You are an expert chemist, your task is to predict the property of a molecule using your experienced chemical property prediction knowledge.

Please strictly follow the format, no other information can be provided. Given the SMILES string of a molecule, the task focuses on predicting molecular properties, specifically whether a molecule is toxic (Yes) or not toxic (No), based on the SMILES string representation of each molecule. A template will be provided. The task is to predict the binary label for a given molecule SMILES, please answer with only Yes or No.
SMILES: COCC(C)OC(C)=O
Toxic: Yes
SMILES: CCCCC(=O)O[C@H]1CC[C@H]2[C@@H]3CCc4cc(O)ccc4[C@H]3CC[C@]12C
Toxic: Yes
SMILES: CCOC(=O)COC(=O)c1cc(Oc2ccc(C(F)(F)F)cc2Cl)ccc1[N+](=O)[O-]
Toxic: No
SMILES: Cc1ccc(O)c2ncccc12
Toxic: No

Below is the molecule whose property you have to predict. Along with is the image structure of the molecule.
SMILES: C[C@@H](C1=C(CCN(C)C)Cc2ccccc21)c1ccccn1
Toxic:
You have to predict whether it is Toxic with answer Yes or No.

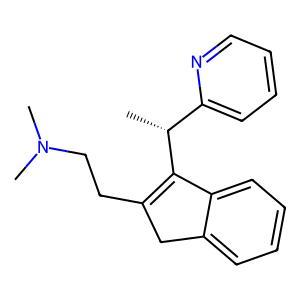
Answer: No